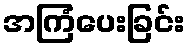
အကြံပေးခြင်း